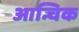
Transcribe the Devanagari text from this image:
आन्चिक